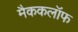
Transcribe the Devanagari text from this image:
मैककलॉफ